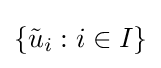
\left\{{\tilde {u}}_{i}:i\in I\right\}